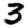
Digit: 3